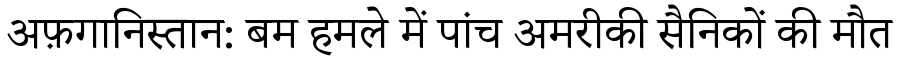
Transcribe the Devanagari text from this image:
अफ़गानिस्तान: बम हमले में पांच अमरीकी सैनिकों की मौत